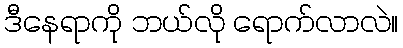
ဒီနေရာကို ဘယ်လို ရောက်လာလဲ။